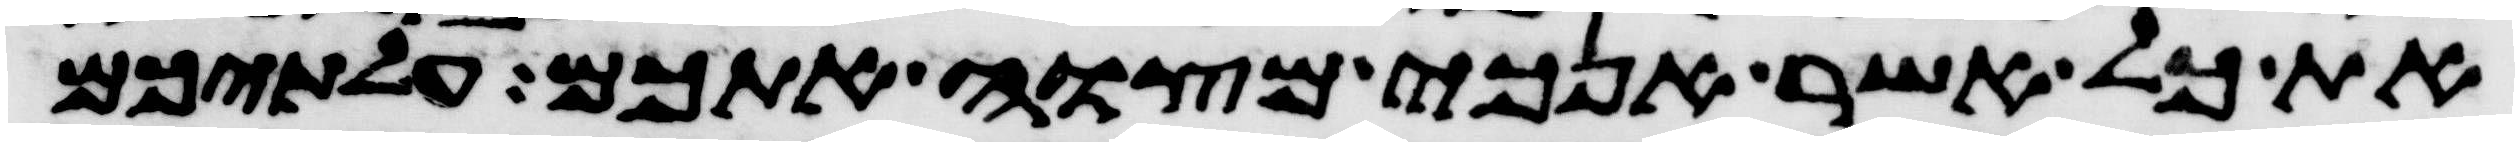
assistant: את כל אשר אנכי מצוה אתכם עלתיכם